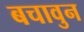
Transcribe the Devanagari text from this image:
बचावुन